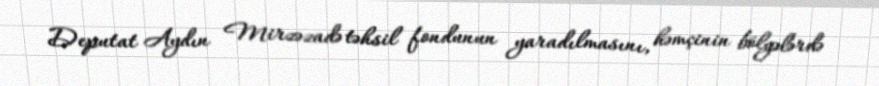
Deputat Aydın Mirzəzadə təhsil fondunun yaradılmasını, həmçinin bölgələrdə